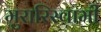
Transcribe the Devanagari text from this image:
मुरारिस्वामी